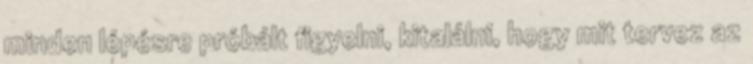
minden lépésre próbált figyelni, kitalálni, hogy mit tervez az